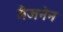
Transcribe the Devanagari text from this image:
मैजनेन